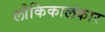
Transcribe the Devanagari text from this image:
लौकिकालंकार